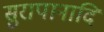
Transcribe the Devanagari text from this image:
सुरापानादि